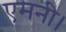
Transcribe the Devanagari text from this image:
एमनी।